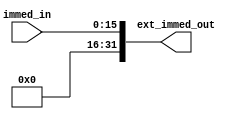
module zero_extend( immed_in, ext_immed_out );
	input[15:0] immed_in;
	output[31:0] ext_immed_out;
	assign ext_immed_out = { 16'b0, immed_in };
endmodule